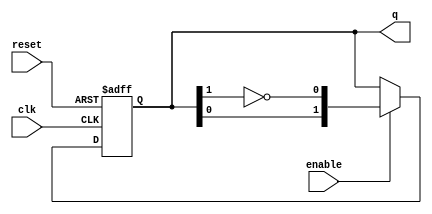
module modified_johnson_counter #(
    parameter N = 2  // Number of bits in the counter
)(
    input wire clk,       // Clock signal
    input wire reset,     // Reset signal
    input wire enable,    // Enable signal
    output reg [N-1:0] q  // Counter output
);

    // Internal signal for feedback
    wire feedback;

    // Feedback is the inverted output of the last flip-flop
    assign feedback = ~q[N-1];

    always @(posedge clk or posedge reset) begin
        if (reset) begin
            // Initialize the counter to 0
            q <= 0;
        end else if (enable) begin
            // Shift the counter state
            q <= {q[N-2:0], feedback}; // Shift left and insert feedback
        end
    end

endmodule